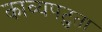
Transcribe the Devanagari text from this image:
काव्यपटुता